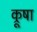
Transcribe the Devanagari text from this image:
क्रूषा